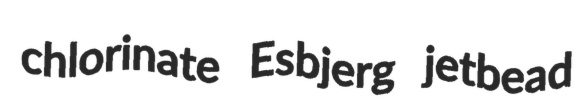
chlorinate Esbjerg jetbead